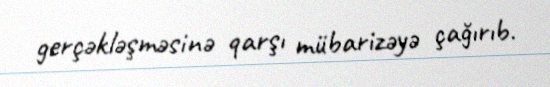
gerçəkləşməsinə qarşı mübarizəyə çağırıb.